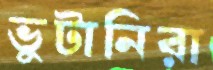
ভুটানিরা